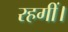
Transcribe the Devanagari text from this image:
रहगीं।